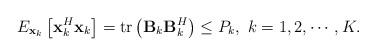
LaTeX: \begin{align*} E_{\mathbf{x}_k}\left[ {\mathbf{x}_k^H {\mathbf{x}_k}} \right] = {{\rm{tr}}\left( {{\mathbf{B}}_k {\mathbf{B}}_k^H} \right)} \leq P_k, \ k = 1,2,\cdots,K.\end{align*}